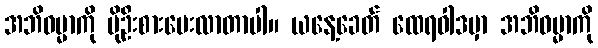
အဘိဓမ္မာကို ပိုဦးစားပေးလာတာပါ။ ယနေ့ခေတ် ထေရဝါဒမှာ အဘိဓမ္မာကို